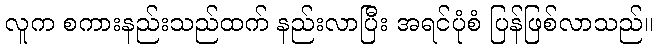
လူက စကားနည်းသည်ထက် နည်းလာပြီး အရင်ပုံစံ ပြန်ဖြစ်လာသည်။